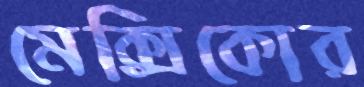
মেক্সিকোর